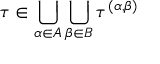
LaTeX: \tau \in \bigcup _ { \alpha \in A } \bigcup _ { \beta \in B } \tau ^ { ( \alpha , \beta ) }